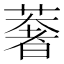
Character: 𮑂